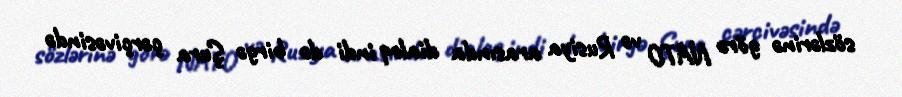
sözlərinə görə NATO və Rusiya arasında dialoq indi də birgə Şura çərçivəsində